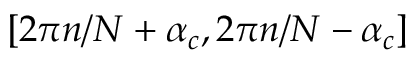
[ 2 \pi n / N + \alpha _ { c } , 2 \pi n / N - \alpha _ { c } ]